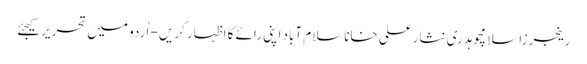
رینجرزاسلامچوہدری نثارعلی خاناسلام آباد اپنی رائے کا اظہار کریں - اُردو میں تحریر کیجئے